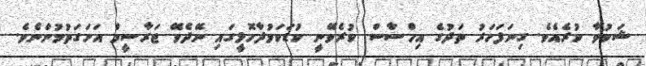
ޝަކުވާ ކުރެއެވެ. ގިނަފަހަރު ތަދުގެ އިހްސާސް ކުރެވޭނީ ކުޑަކަމުދާހޮޅީގައި ނޭދެވޭ ޖަރާސީމް އަށަގަތުމުންނެވެ.